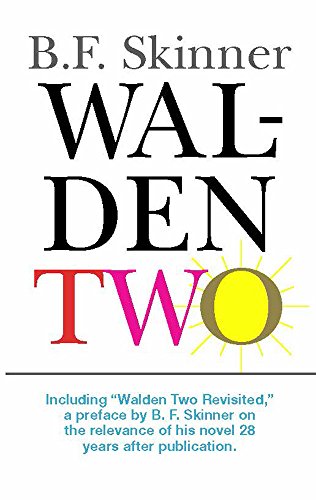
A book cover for Walden Two (Hackett Classics); B. F. Skinner; Science & Math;